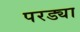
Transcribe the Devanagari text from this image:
परड्या